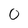
Character: 0